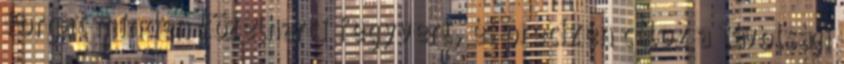
forgat minden közelharci fegyvert, és precízen céloz a távolsági